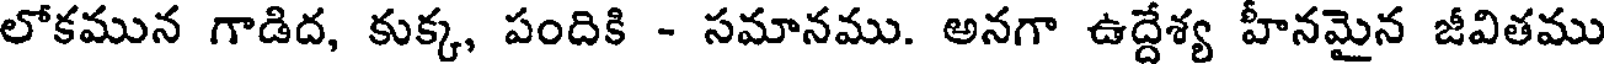
లోకమున గాడిద, కుక్క, పందికి - సమానము. అనగా ఉద్దేశ్య హీనమైన జీవితము